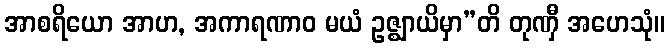
အာစရိယော အာဟ, အကာရဏာဝ မယံ ဥဇ္ဈာယိမှာ”တိ တုဏှီ အဟေသုံ။